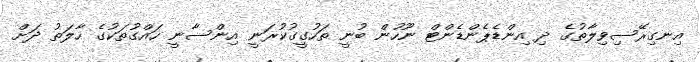
އިނގިރޭސިވިލާތުގެ ދި އިންޑެޕެންޑެންޓް ނޫހުން ބުނީ ތަހުގީގުކުރަނީ އިންސާނީ ހައްގުތަކުގެ ހާލަތު ދަށް